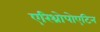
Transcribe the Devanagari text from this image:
एरिथ्रोपोएटिन